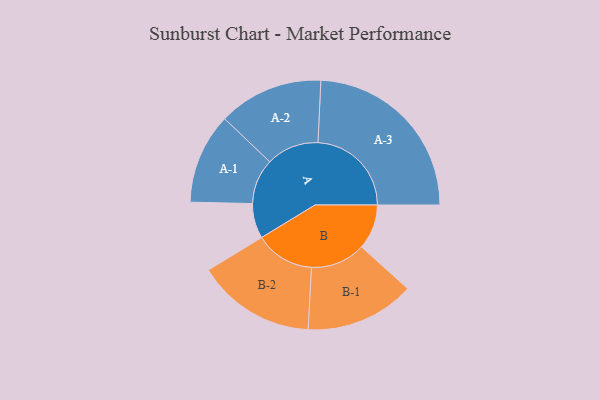
{"axis": {"x": "Segment", "y": "Value"}, "legend": ["", "A", "B"], "data": [{"x": "A", "y": 112, "type": ""}, {"x": "B", "y": 144, "type": ""}, {"x": "A-1", "y": 145, "type": "A"}, {"x": "A-2", "y": 168, "type": "A"}, {"x": "A-3", "y": 299, "type": "A"}, {"x": "B-1", "y": 175, "type": "B"}, {"x": "B-2", "y": 190, "type": "B"}]}